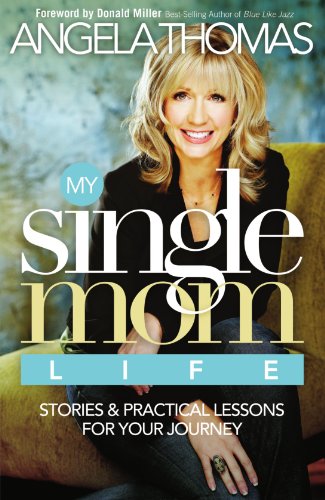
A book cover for My Single Mom Life: Stories and Practical Lessons for Your Journey; Angela Thomas; Parenting & Relationships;